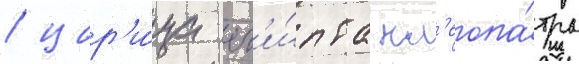
/ цар'и́ца ег'и́пта кл'еопа́тра